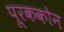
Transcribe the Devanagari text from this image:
पूरककोन